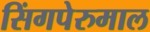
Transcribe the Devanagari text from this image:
सिंगपेरुमाल